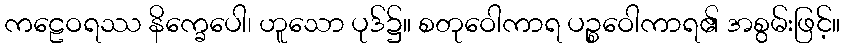
ကဠေဝရဿ နိက္ခေပေါ၊ ဟူသော ပုဒ်၌။ စတုဝေါကာရ ပဉ္စဝေါကာရ၏ အစွမ်းဖြင့်။